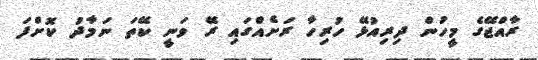
ރާއްޖޭގެ މީހުން ދިރިއުޅޭ ހުރިހާ ރަށެއްގައި ރޭ ވަނީ ކޭތަ ނަމާދު ކޮށްފަ